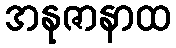
အနုဇာနာထ